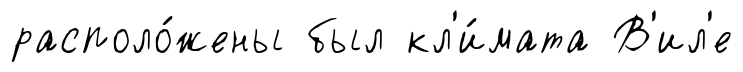
располо́жены был кл'и́мата В'ил'е